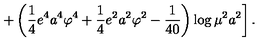
\left. + \left( \frac 1 4 e ^ { 4 } a ^ { 4 } \varphi ^ { 4 } + \frac 1 4 e ^ { 2 } a ^ { 2 } \varphi ^ { 2 } - { \frac { 1 } { 4 0 } } \right) \log \mu ^ { 2 } a ^ { 2 } \right] .